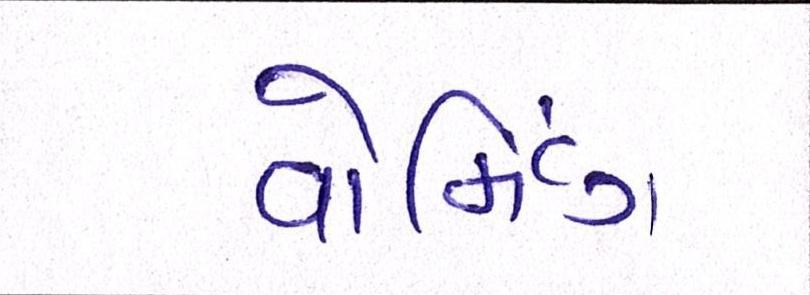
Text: વોર્મિંગ